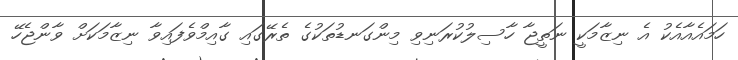
ހަމައެއާއެކު އެ ނިޒާމަކީ ނަތީޖާ ހާސިލުކުރަނިވި މިންގަނޑުތަކުގެ ތެރޭގައި ގާއިމްވެފައިވާ ނިޒާމަކަށް ވާންޖެހޭ